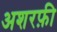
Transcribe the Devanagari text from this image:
अशरफ़ी